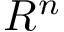
R ^ { n }